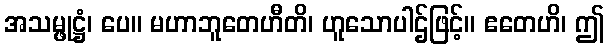
အသမ္ဖုဋ္ဌံ၊ ပေ။ မဟာဘူတေဟီတိ၊ ဟူသောပါဌ်ဖြင့်။ ဧတေဟိ၊ ဤ